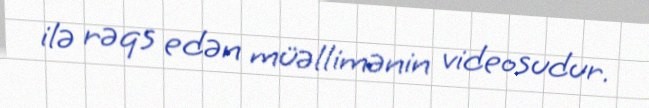
ilə rəqs edən müəllimənin videosudur.